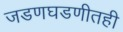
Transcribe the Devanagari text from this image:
जडणघडणीतही